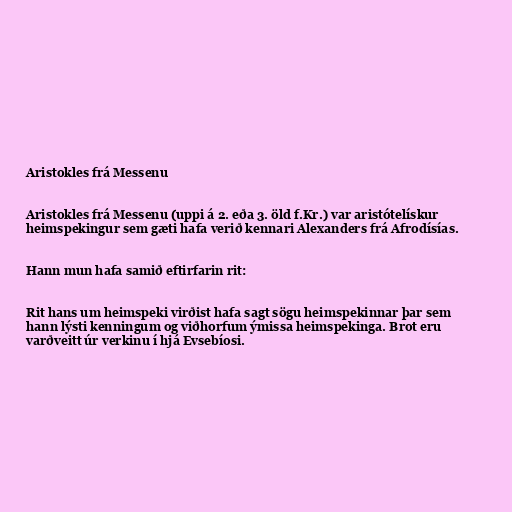
Aristokles frá Messenu

Aristokles frá Messenu (uppi á 2. eða 3. öld f.Kr.) var aristótelískur
heimspekingur sem gæti hafa verið kennari Alexanders frá Afrodísías.

Hann mun hafa samið eftirfarin rit:

Rit hans um heimspeki virðist hafa sagt sögu heimspekinnar þar sem
hann lýsti kenningum og viðhorfum ýmissa heimspekinga. Brot eru
varðveitt úr verkinu í hjá Evsebíosi.